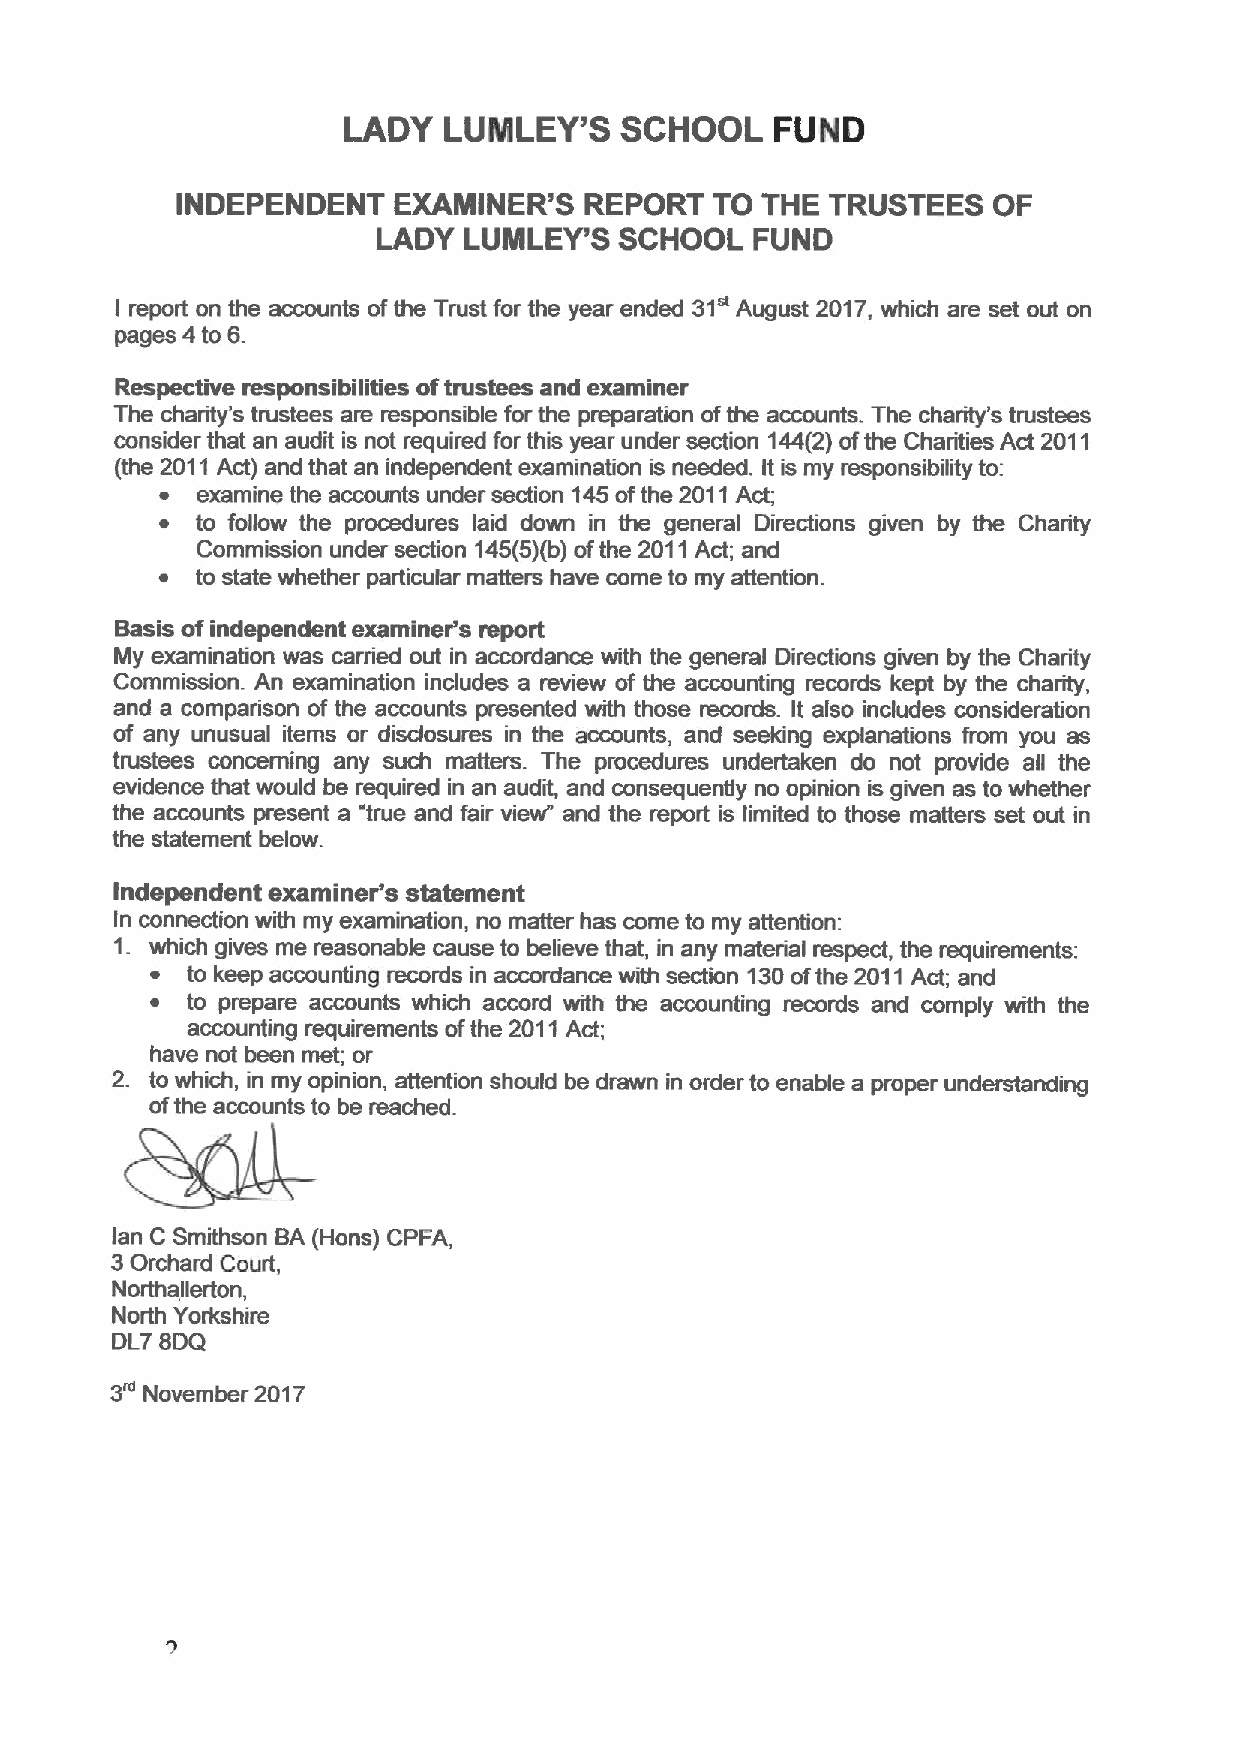
LADY  LUINLEY'S   SCHOOL    FUND
 INDEPENDENT   EXAMINER'S   REPORT  TO THE  TRUSTEES   OF
 LADY  LUMLEY'S  SCHOOL   FUND
 31"
 I report on the accounts ofthe Trust for the year ended August 2017, which are set out on
 pages 4to 6.
 Respective responsibilities oftrustees and examiner
 The charity's trustees are responsible for the preparation ofthe accounts. The charity's trustees
 consider that an audit is not required for this year under section 144(2)ofthe Charities Act 2011
 (the 2011Act) and that an independent examination is needed. It is my responsibility to:
 ~ examine the accounts under section 145ofthe 2011Act;
 ~ to follow the procedures laid down in the general Directions given by the Charity
 Commission under section 145(5)(b)ofthe 2011Act; and
 ~  to state whether particular matters have come to my attention.
 Basis ofindependent examiner's report
 My examination was carried out in accordance with the general Directions given by the Charity
 Commission. An examination indudes a review of the accounting records kept by the charity,
 and a comparison of the accounts presented with those records. It also includes consideration
 of any unusual items or disdosures in the accounts, and seeking explanations from you as
 trustees concerning any such matters. The procedures undertaken do not provide all the
 evidence that would be required in an audit, and consequently no opinion is given as to whether
 the accounts present a "true and fair view" and the report is limited to those matters set out in
 the statement below.
 Independent examiner's statement
 In connection with my examination, no matter has come to my attention:
 1. which gives me reasonable cause to believe that, in any material respect, the requirements:
 ~ to keep accounting records in accordance with section 130ofthe 2011Act; and
 ~ to prepare accounts which accord with the accounting records and comply with the
 accounting requirements ofthe 2011Act;
 have not been met; or
 2. to which, in my opinion, attention should be drawn in order to enable a proper understanding
 ofthe accounts to be reached.
 lan C Smithson BA (Hans) CPFA,
 3Orchard
 Court,
 Northallerton,
 North Yorkshire
 DL7 8DQ
 3"
 November 2017